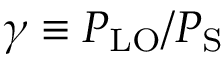
\gamma \equiv P _ { \mathrm { L O } } / P _ { \mathrm { S } }